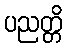
ပညတ္တိ